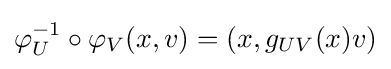
\varphi _{U}^{-1}\circ \varphi _{V}(x,v)=\left(x,g_{UV}(x)v\right)